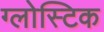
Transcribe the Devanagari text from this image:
ग्लोस्टिक